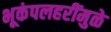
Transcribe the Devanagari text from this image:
भूकंपलहरींमुळे